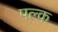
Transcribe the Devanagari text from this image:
पल्क